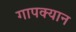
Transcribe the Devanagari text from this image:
गापक्यान